Annual administration and progress report of the Indian Medical Department, Bombay
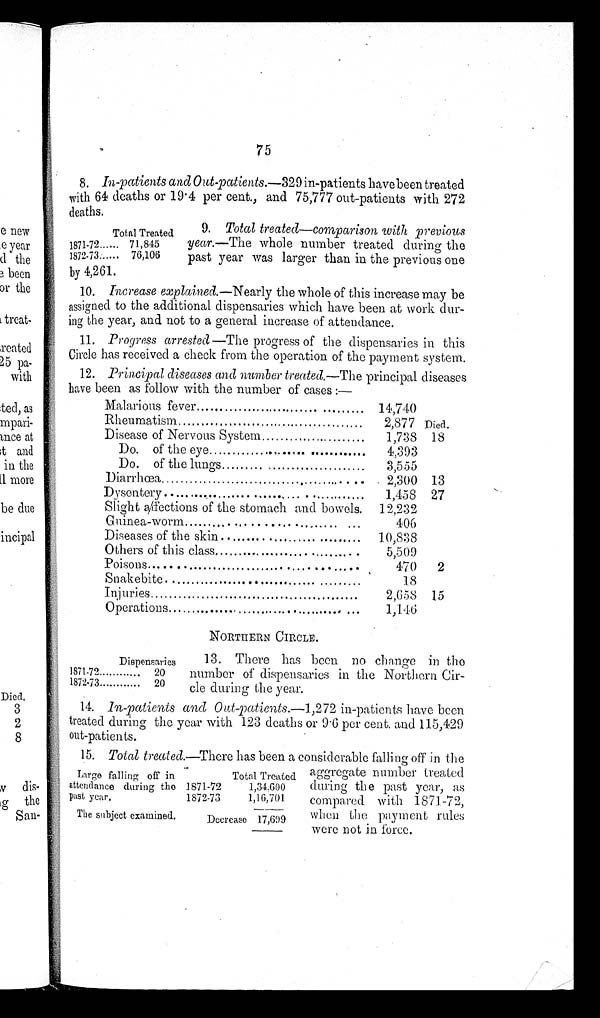
75
8. In-patients and Out-patients .—329 in-patients have been treated
with 64 deaths or 19.4 per cent., and 75,777 out-patients with 272
deaths.
9. Total treated—comparison with previous
year.—The whole number treated during the
past year was larger than in the previous one
by 4,261.
10. Increase explained.—Nearly the whole of this increase may be
assigned to the additional dispensaries which have been at work dur
-
ing the year, and not to a general increase of attendance.
11.
Progress arrested—The progress of the dispensaries in this
Circle has received a check from the operation of the payment system.
12. Principal diseases and number treated.—The principal diseases
have been as follow with the number of cases:—
Malarious fever . . .
14,740
Rheumatism . . .
2,877 Died.
Disease of Nervous System . . .
1,738 18
Do. of the eye . . .
4,393
Do. of the lungs . . .
3,555
Diarrhœa . . .
2,300 13
Dysentery . . .
1,458 27
Slight affections of the stomach and bowels. 12,232
Guinea-worm . . .
406
Diseases of the skin . . .
10,838
Others of this class . . .
5,509
Poisons . . .
470
2
Snakebite . . .
18
Injuries . . .
2,658 15
Operations . . .
1,146
NORTHERN CIRCLE.
13. There has been no change in the
number of dispensaries in the Northern Cir
-
cle during the year.
14. 1n-patients and Out-patients .—1,272 in-patients have been
treated during the year with 123 deaths or 9.6 per cent. and 115,429
out-patients.
15. Total treated. — T h e r e h a s b e e n a c o n s i d e r a b l e f a l l i n g o f f i n t h e
aggregate number treated
during the past year, as
compared with 1871-72,
when the payment rules
were not in force.
Total Treated
1871-72 . . . 71,845
1872-73 . . . 76,106
Dispensaries
1871-72 . . .
20
1872-73 . . .
20
Large falling off in
attendance during the
past year.
Total Treated
1871-72
1,34.600
1872-73
1,16,701
The subject examined.
Decrease 17,699